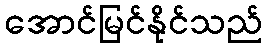
အောင်မြင်နိုင်သည်